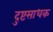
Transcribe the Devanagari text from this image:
दुष्टसाधक